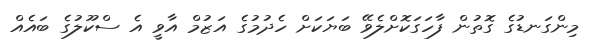
މިންގަނޑުގެ ގޮތުން ފާހަގަކޮށްލެވޭ ބަޔަކަށް ހެދުމުގެ އަޒުމް އާވީ އެ ސްކޫލުގެ ބައެއް